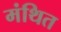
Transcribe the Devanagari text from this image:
मंथित